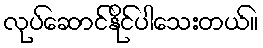
လုပ်ဆောင်နိုင်ပါသေးတယ်။